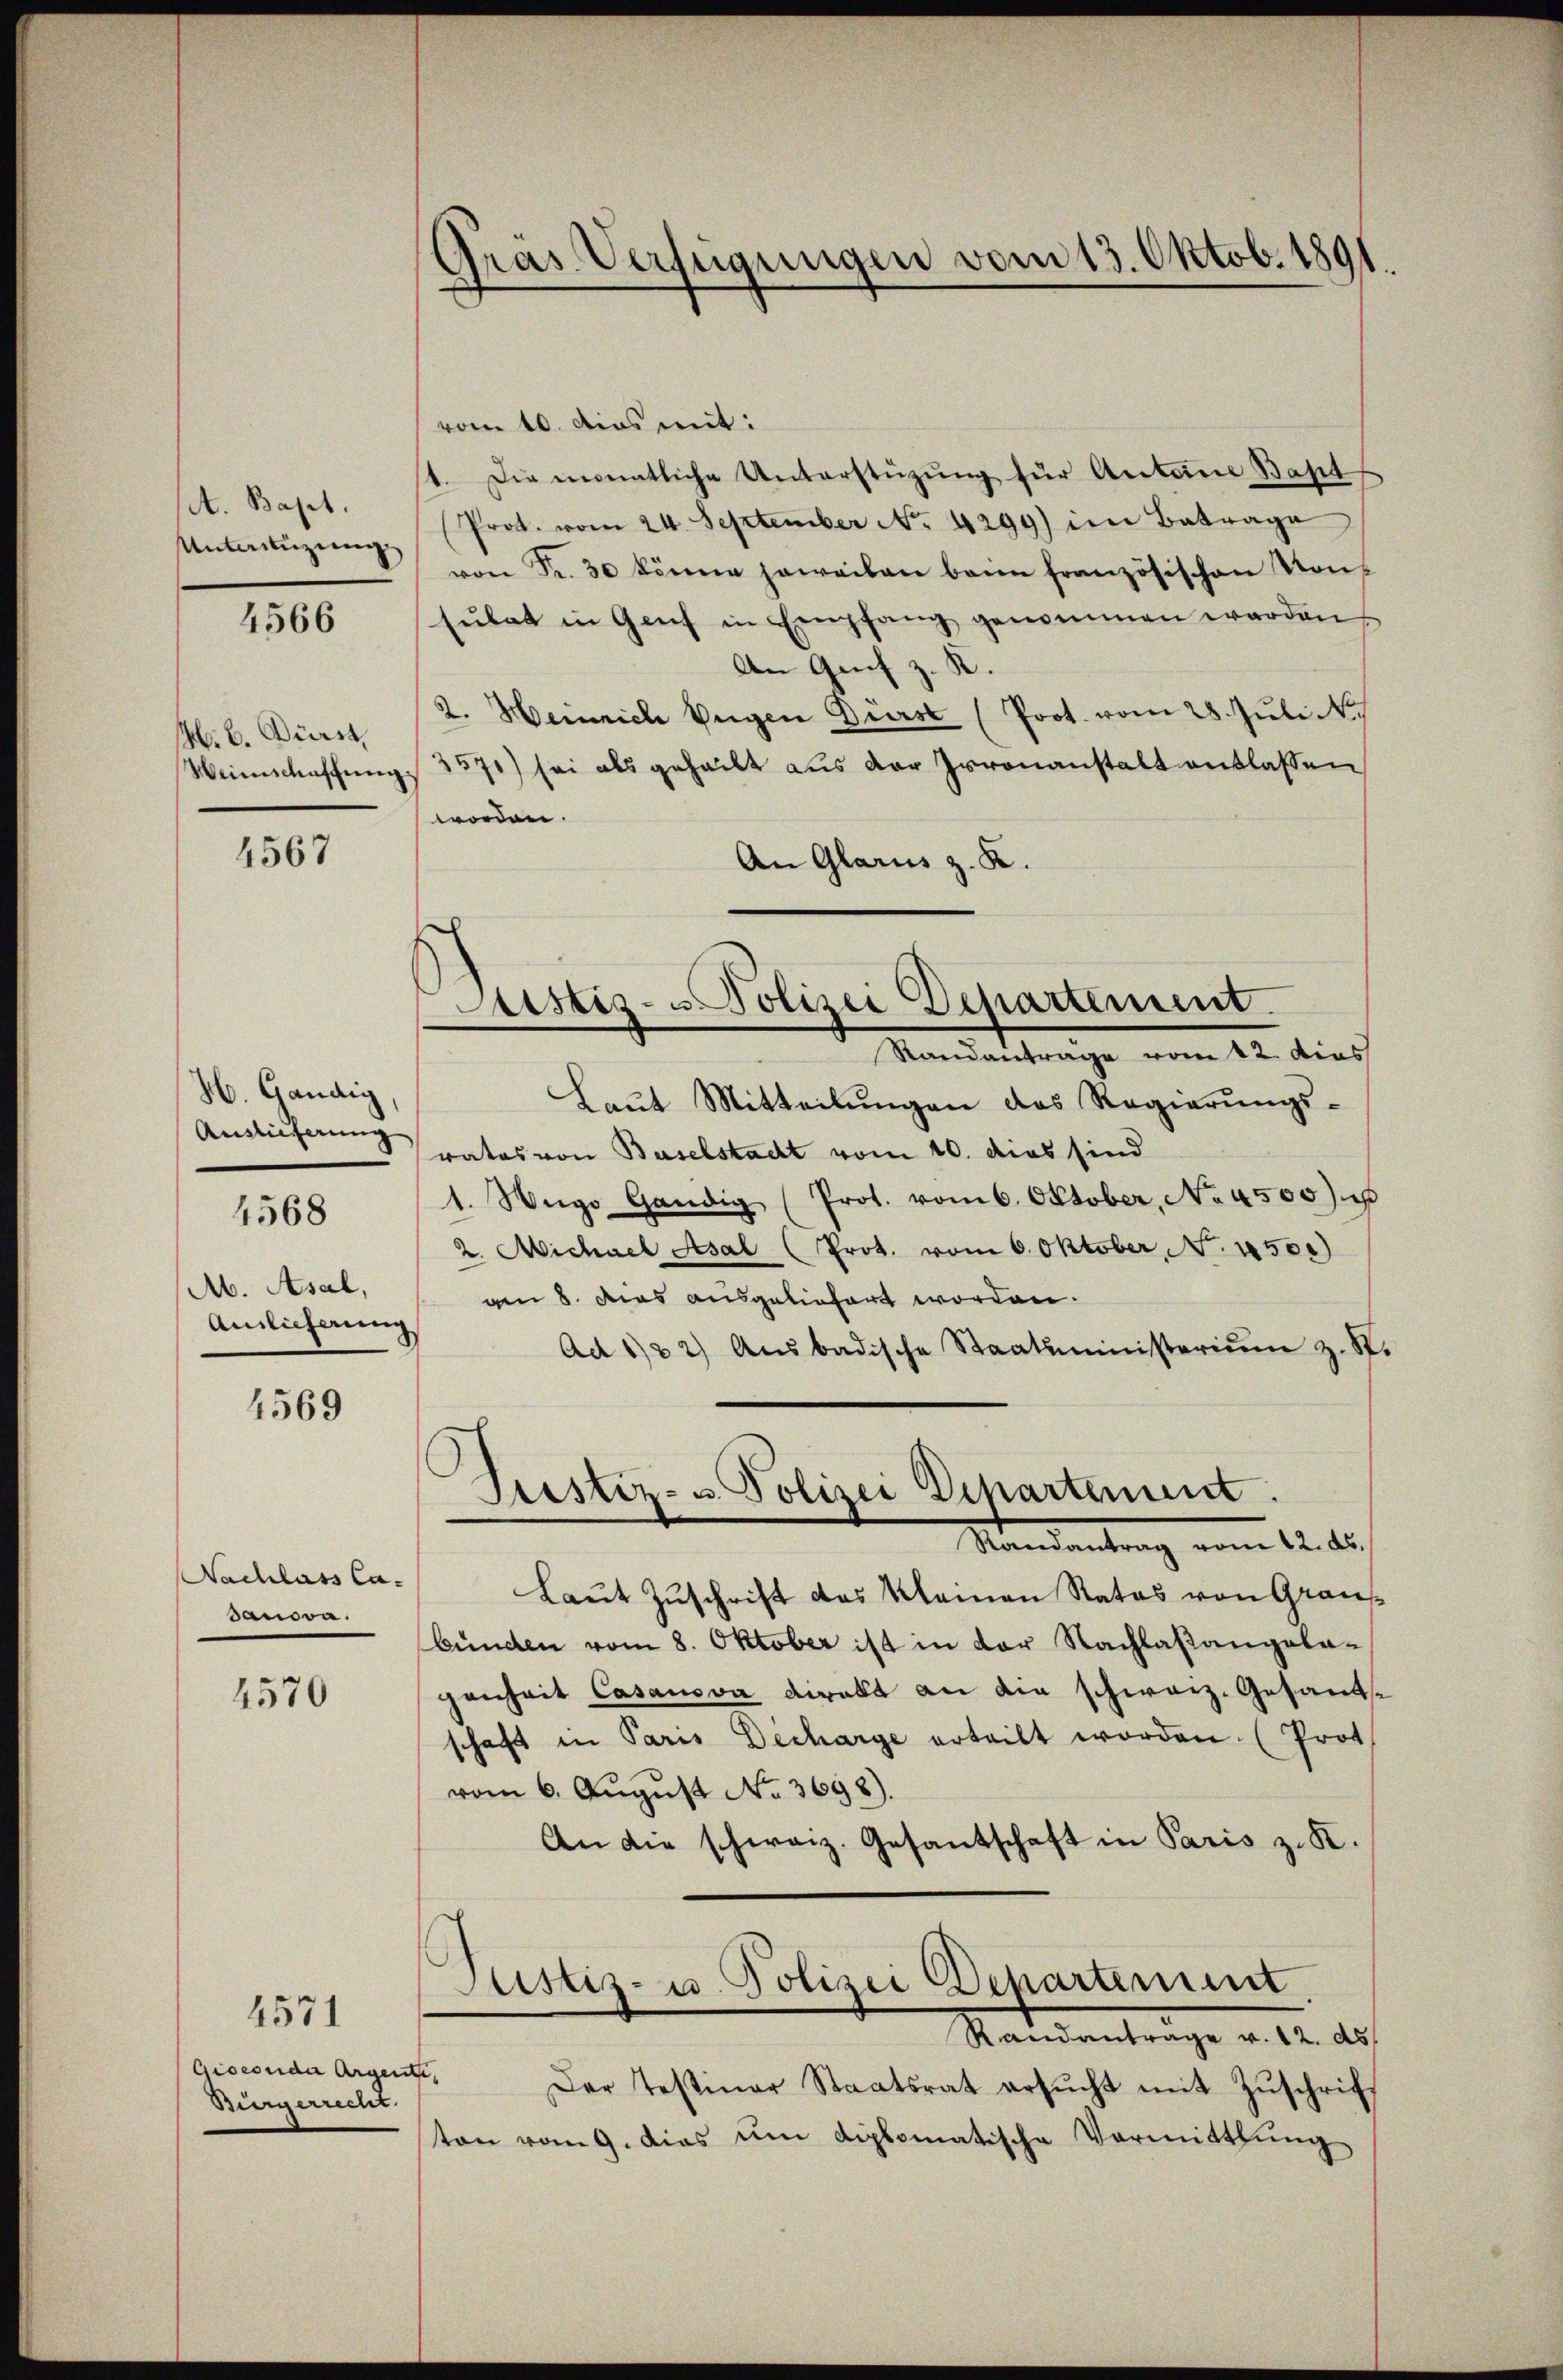
set. Bapt.
Unterstüzung

4566

M. B. Dürst,
Weinschaffung

4567

H. Gandig
Auslieferung
4568
Ab. Asal,
Ainlicherung

4569

Nachlass Ca-
Janova.

4570

4571

Bürgerrecht.

Gras Verfügungen vom 13. Oktob. 1891.

(vom 10. dies mit:
st. Die monatliche Unterstüzung für Antone Bapt
Prot. vom 24. September Nr. 4299) im Betrage
von Fr. 30 könne jeweiben beim französischen Konf
sulat in Genf in Empfang genommen werden,
An Genf z. K.
2. Heinrich Eugen Dürst (Prot. vom 28. Juli N.
3570) sei als geheilt aus der Irrenanstalt entlassen
worden.
An Glarus z. K.
Laŭt Mitteilŭngen das Regierŭngs-
rates von Baselstacht vom 10. dies sind
1. Wege Gändig (Prot. vom 6. Oktober, No 4500) u
2. Michael Asal (Prot. vom 6. Oktober, No. 450.)
gen 8. dies ausgeliefert worden.
Ad 122) Aŭsbadische Staatsministeriŭm z. S.
Justiz- & Polizei Departement.
Mandantrag vom 12. Aus
Laut Zuschrift das Kleinen Rates von Graus
bünden vom 8. Oktober ist in der Nachlaßangelagenheit Casanova direkt an die schweiz. Gesandsschaft in Paris Decharge erteilt worden (Prot
vom 6. August No. 3698).
An die schweiz. Gesantschaft in Paris z. K.
Justiz- u. Polizei Departement.
Randantrage v. 12. ds.
gioconda Argente. Der Testiner Staatsrat ersŭcht mit Zŭschrift
ton vom 9. dies um diplomatische Vormittlung

Justiz- u Polizei Departement.
Mandantrage vom 12. dies